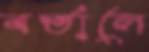
বর্তালে